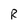
Character: R